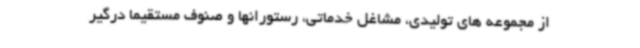
از مجموعه های تولیدی، مشاغل خدماتی، رستورانها و صنوف مستقیما درگیر